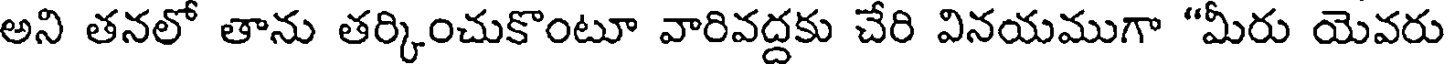
అని తనలో తాను తర్కించుకొంటూ వారివద్దకు చేరి వినయముగా "మీరు యెవరు